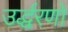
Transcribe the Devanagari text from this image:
उर्द्धरणों